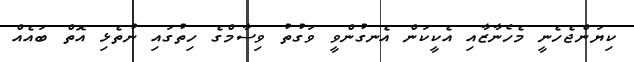
ކިޔަންޖެހެނީ މެހެނާޒާއި އެކީކަން އެނގުންވީ ވަގުތު ވިސާމްގެ ހިތުގައި ނުތެޅި އޮތް ބައެއް